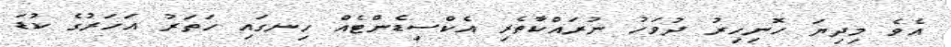
އެވެ މިދިޔަ ހޮނިހިރު ދުވަހު ނުރައްކާތެރި އެކްސިޑެންޓެއް ހިނގައި ހަތަރު އަހަރުގެ ކުޑަ